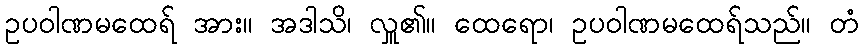
ဥပဝါဏမထေရ် အား။ အဒါသိ၊ လှူ၏။ ထေရော၊ ဥပဝါဏမထေရ်သည်။ တံ